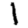
Digit: 1